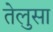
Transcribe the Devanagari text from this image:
तेलुसा